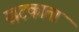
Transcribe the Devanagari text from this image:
खटकाता